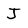
Character: J